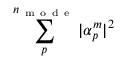
\sum _ { p } ^ { n _ { \mathrm { ~ m ~ o ~ d ~ e ~ } } } | \alpha _ { p } ^ { m } | ^ { 2 }